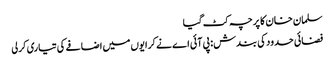
سلمان خان کا پرچہ کٹ گیا
فضائی حدود کی بندش : پی آئی اے نے کرایوں میں اضافے کی تیاری کرلی